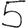
Digit: 5